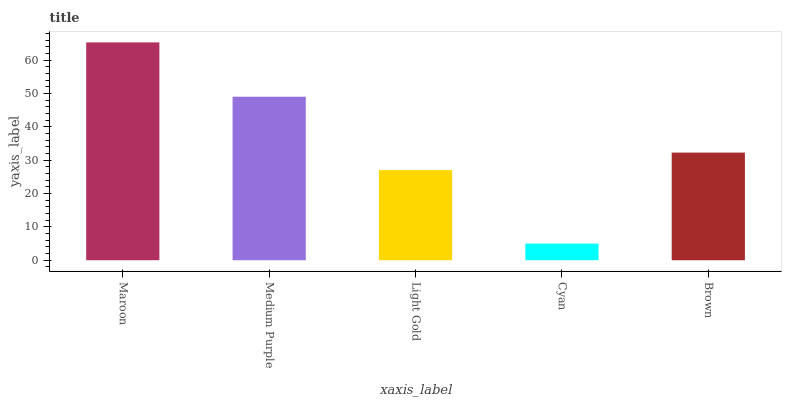
| xaxis_label | bars |
 | --- | --- |
 | Maroon | 65.4 |
 | Medium Purple | 49.1 |
 | Light Gold | 27 |
 | Cyan | 4.99 |
 | Brown | 32.3 |